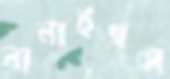
বানাইছস